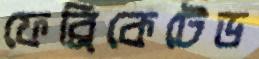
ফেব্রিকেটেড